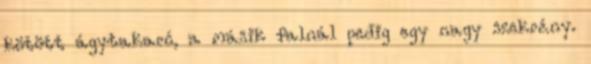
kötött ágytakaró, a másik falnál pedig egy nagy szekrény.